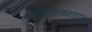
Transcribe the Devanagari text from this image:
बलोदाबज़ारभाटापारा